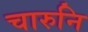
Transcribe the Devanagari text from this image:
चारुनि